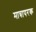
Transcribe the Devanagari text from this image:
मात्रापरक